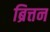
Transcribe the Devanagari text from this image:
ब्रित्तन